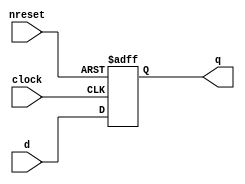
module DFlipFlop(
    output q,
    input clock,
    input nreset,
    input d
    );
    
reg q;
always @(negedge nreset or posedge clock)
begin
    if (nreset==1)
        q=d;
    else
        q=0;
end
endmodule